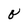
Character: O